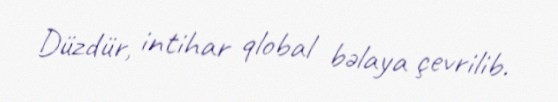
Düzdür, intihar qlobal bəlaya çevrilib.